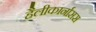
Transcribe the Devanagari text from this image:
हैलीकार्नासस